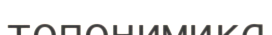
топонимика